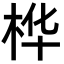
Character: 桦